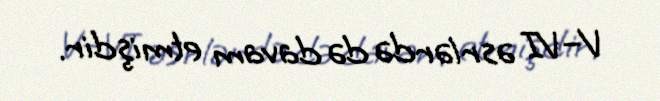
V–VI əsrlərdə də davam etmişdir.